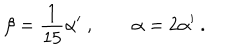
LaTeX: \beta = \frac { 1 } { 1 5 } \alpha ^ { \prime } \ , \qquad \alpha = 2 \alpha ^ { \prime } \ .